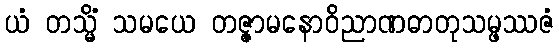
ယံ တသ္မိံ သမယေ တဇ္ဇာမနောဝိညာဏဓာတုသမ္ဖဿဇံ